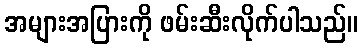
အများအပြားကို ဖမ်းဆီးလိုက်ပါသည်။